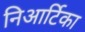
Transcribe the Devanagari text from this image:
निआर्टिका